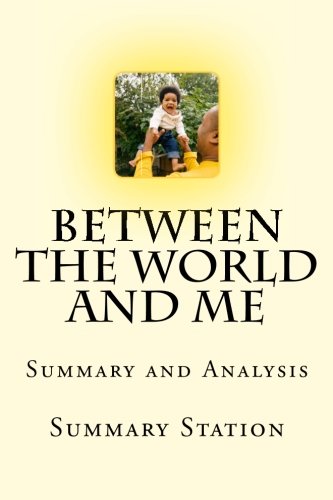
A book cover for Between the World and Me | Summary: Summary and Analysis of Ta-Nehisi Coates' "Between the World and Me"; Summary Station; History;